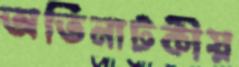
অতিনাটকীয়